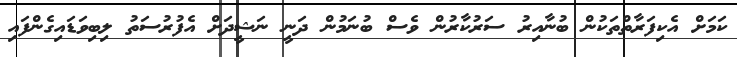
ކަމަށް އެކިފަރާތްތަކުން ބުނާއިރު ސަރުކާރުން ވެސް ބުނަމުން ދަނީ ނަޝީދަށް އެފުރުސަތު ލިބިވަޑައިގެންފައި